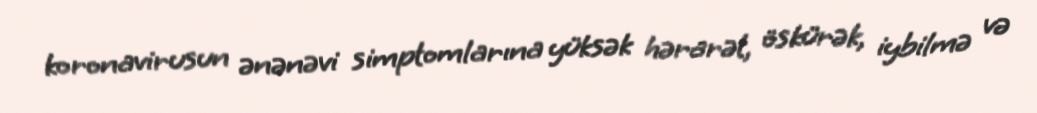
koronavirusun ənənəvi simptomlarına yüksək hərarət, öskürək, iybilmə və